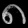
Digit: ၈